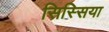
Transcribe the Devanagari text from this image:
सिस्सिया